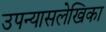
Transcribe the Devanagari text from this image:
उपन्यासलेखिका